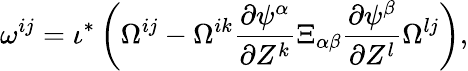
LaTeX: \omega^{ij}=\iota^{*}\left(\Omega^{ij}-\Omega^{ik}\frac{\partial\psi^{\alpha}}{\partial Z^{k}}\Xi_{\alpha\beta}\frac{\partial\psi^{\beta}}{\partial Z^{l}}\Omega^{lj}\right),